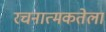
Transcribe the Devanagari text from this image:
रचनात्मकतेला